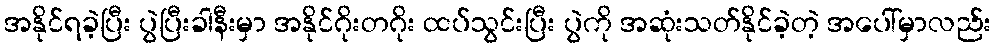
အနိုင်ရခဲ့ပြီး ပွဲပြီးခါနီးမှာ အနိုင်ဂိုးတဂိုး ထပ်သွင်းပြီး ပွဲကို အဆုံးသတ်နိုင်ခဲ့တဲ့ အပေါ်မှာလည်း